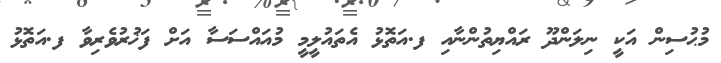
މުޙުސިން އަކީ ނިލަންދޫ ރައްޔިތުންނާއި ފ.އަތޮޅު އެތައުލީމީ މުއައްސަސާ އަށް ފަޚުރުވެރިވާ ފ.އަތޮޅު